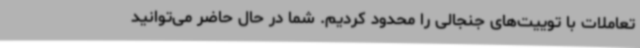
تعاملات با توییت‌های جنجالی را محدود کردیم. شما در حال حاضر می‌توانید